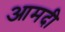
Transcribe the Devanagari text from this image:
आमदी